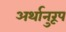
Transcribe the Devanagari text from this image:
अर्थानुरूप